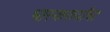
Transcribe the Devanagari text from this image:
भास्करार्यांचा